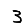
Digit: 3